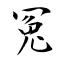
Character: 冤